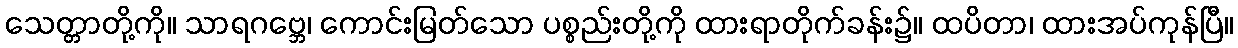
သေတ္တာတို့ကို။ သာရဂဗ္ဘေ၊ ကောင်းမြတ်သော ပစ္စည်းတို့ကို ထားရာတိုက်ခန်း၌။ ထပိတာ၊ ထားအပ်ကုန်ပြီ။